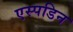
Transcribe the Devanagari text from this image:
एस्पडिन